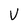
Character: U